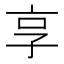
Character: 享